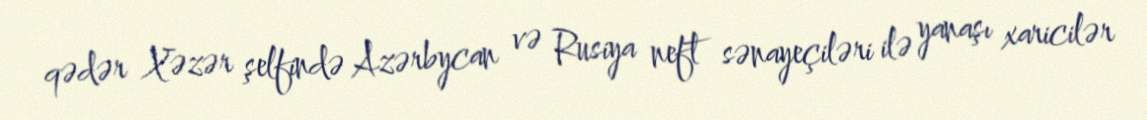
qədər Xəzər şelfində Azərbycan və Rusiya neft sənayeçiləri ilə yanaşı xaricilər